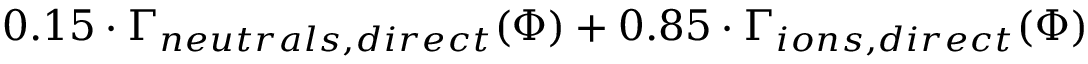
0 . 1 5 \cdot \Gamma _ { n e u t r a l s , d i r e c t } ( \Phi ) + 0 . 8 5 \cdot \Gamma _ { i o n s , d i r e c t } ( \Phi )